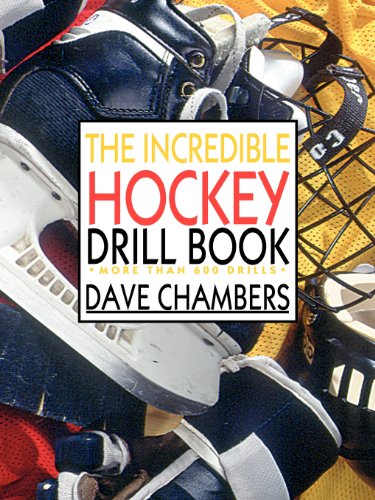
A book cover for The Incredible Hockey Drill Book; Dave Chambers; Sports & Outdoors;